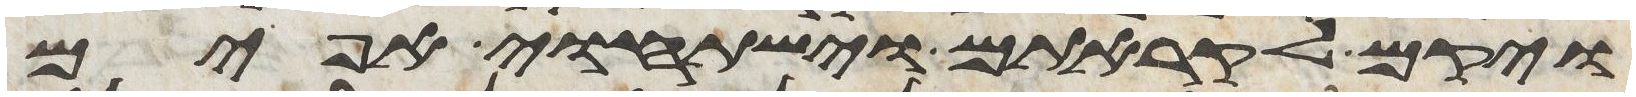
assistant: ויקם לקראתם וישתחוי אפים